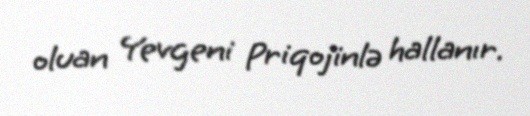
oluan Yevgeni Priqojinlə hallanır.